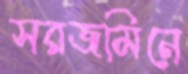
সরজমিনে